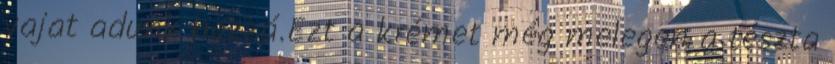
vajat adunk hozzá.Ezt a krémet még melegen a tészta